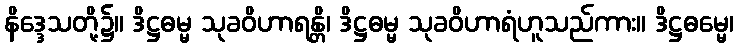
နိဒ္ဒေသတို့၌။ ဒိဋ္ဌဓမ္မ သုခဝိဟာရန္တိ၊ ဒိဋ္ဌဓမ္မ သုခဝိဟာရံဟူသည်ကား။ ဒိဋ္ဌဓမ္မေ၊